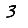
Digit: 3